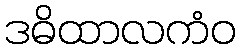
ဒဓိထာလကံဝ